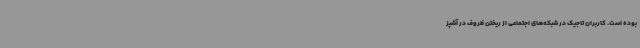
بوده است. کاربران تاجیک در شبکه‌های اجتماعی از ریختن ظروف در آشپز